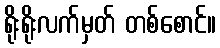
ရိုးရိုးလက်မှတ် တစ်စောင်။